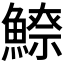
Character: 𩺚